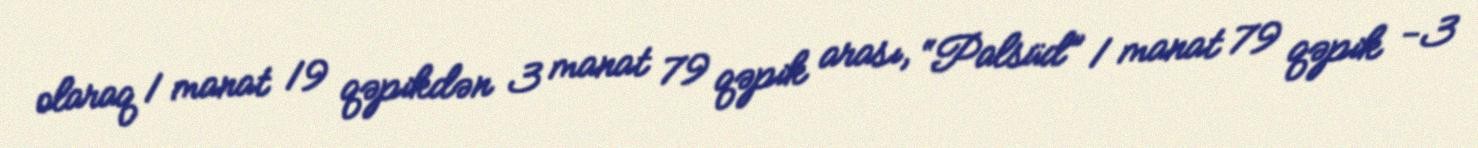
olaraq 1 manat 19 qəpikdən 3 manat 79 qəpik arası, “Palsüd” 1 manat 79 qəpik -3